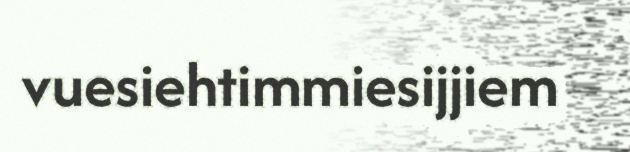
vuesiehtimmiesijjiem